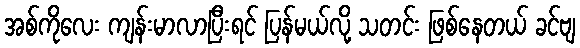
အစ်ကိုလေး ကျန်းမာလာပြီးရင် ပြန်မယ်လို့ သတင်း ဖြစ်နေတယ် ခင်ဗျ